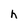
Character: h